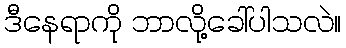
ဒီနေရာကို ဘာလို့ခေါ်ပါသလဲ။